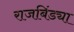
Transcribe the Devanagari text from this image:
राजबिंड्या